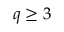
q \ge 3